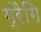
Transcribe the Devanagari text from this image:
ग्रैगि